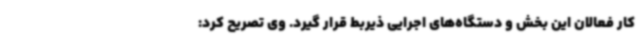
کار فعالان این بخش و دستگاه‌های اجرایی ذیربط قرار گیرد. وی تصریح کرد: